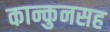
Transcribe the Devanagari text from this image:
कान्कुनसह